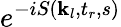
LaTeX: e^{-iS(\textbf{k}_{l},t_{r},s)}